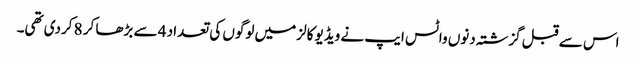
اس سے قبل گزشتہ دنوں واٹس ایپ نے ویڈیو کالز میں لوگوں کی تعداد 4 سے بڑھا کر 8 کردی تھی۔